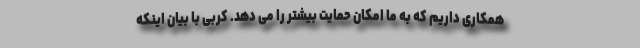
همکاری داریم که به ما امکان حمایت بیشتر را می دهد. کربی با بیان اینکه